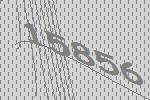
15856